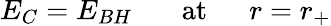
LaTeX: E_{C}=E_{BH}\ \ \ \ \ \ \ \mathrm{at}\ \ \ \ \ \ r=r_{+}